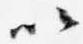
以